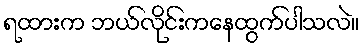
ရထားက ဘယ်လိုင်းကနေထွက်ပါသလဲ။